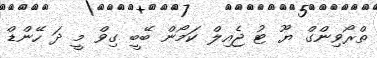
ތްރޯވިންގް ޔޫ ޓު ޖެއިލް ކަމޯން ބޭބީ ގިވް މީ ދަ ހޭންޑް